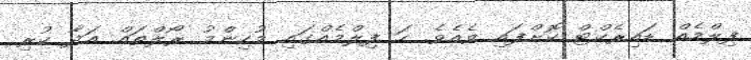
ފިލްމެއް ޑައިރެކްޓް ކޮށްފައި ވެއެވެ. ހަ ފިލްމެއްގައި މުހިންމު ރޯލްތައް އަދާ ކުރި